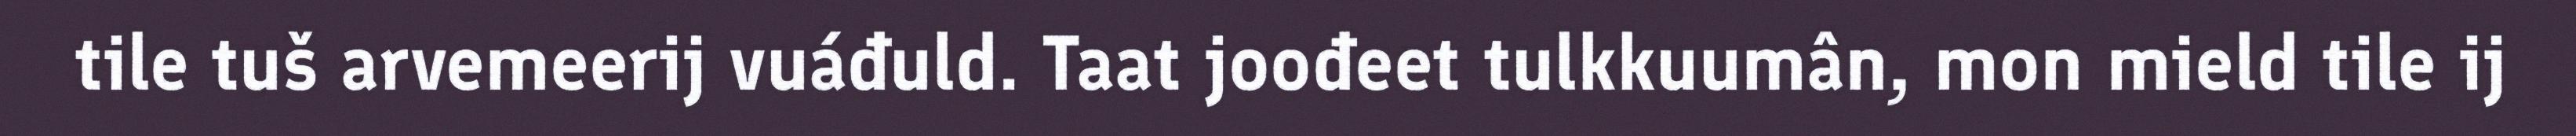
tile tuš arvemeerij vuáđuld. Taat joođeet tulkkuumân, mon mield tile ij